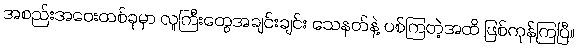
အစည်းအဝေးတစ်ခုမှာ လူကြီးတွေအချင်းချင်း သေနတ်နဲ့ ပစ်ကြတဲ့အထိ ဖြစ်ကုန်ကြပြီ။